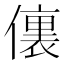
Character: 𰂶